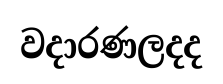
වදාරණලදද